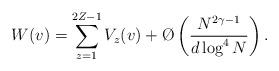
LaTeX: \begin{align*}W(v)=\sum_{z=1}^{2Z-1}V_{z}(v)+\O\left(\frac{N^{2\gamma-1}}{d\log^4N}\right).\end{align*}